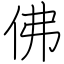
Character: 佛